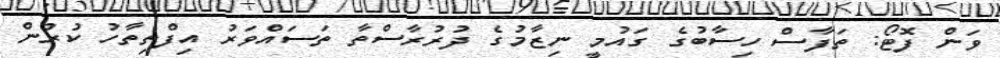
ވަން ފޮޓޯ: ތަފާސް ހިސާބުގެ ގައުމީ ނިޒާމުގެ ދުރުރާސްތާ ތަސައްވަރު އިފްތިތާހު ކުރުން